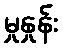
မှုနှုန်း